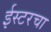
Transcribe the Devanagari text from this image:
ईस्टरचा